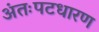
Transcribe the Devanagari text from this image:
अंतःपटधारण